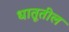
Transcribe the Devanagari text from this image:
धातूतील